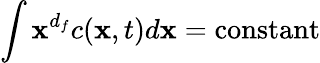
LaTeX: \int\mathbf{x}^{d_{f}}c(\mathbf{x},t)d\mathbf{x}={\mathrm{{constant}}}